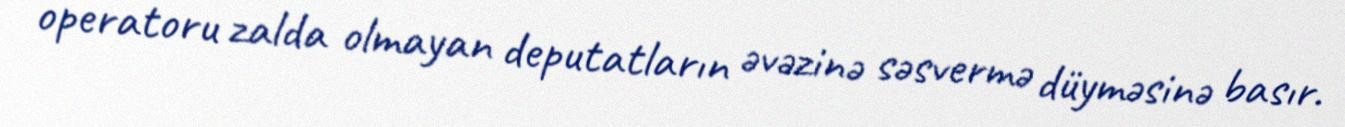
operatoru zalda olmayan deputatların əvəzinə səsvermə düyməsinə basır.